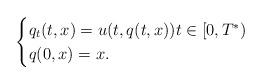
LaTeX: \begin{align*}\begin{cases} q_t(t,x) = u(t,q(t,x)) t \in [0,T^*) \\ q(0,x) = x.\\\end{cases}\end{align*}